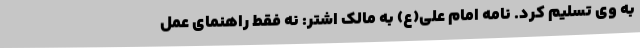
به وی تسلیم کرد. نامه امام علی(ع) به مالک اشتر: نه فقط راهنمای عمل